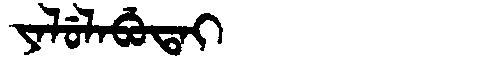
Manchu: ᠶᠠᠯᡠᠯᠠᠪᡠᡨᠠᡳ
Romanization: YALULABUTAI